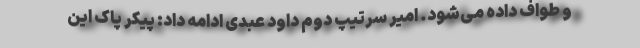
و طواف داده می‌شود. امیر سرتیپ دوم داود عبدی ادامه داد: پیکر پاک این